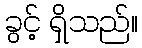
ခွင့် ရှိသည်။